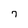
Character: 7